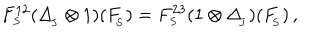
F _ { _ { S } } ^ { 1 2 } ( \Delta _ { _ { \! J } } ^ { } \otimes 1 ) ( F _ { _ { \! S } } ^ { } ) = F _ { _ { S } } ^ { 2 3 } ( 1 \otimes \Delta _ { _ { \! J } } ^ { } ) ( F _ { _ { \! S } } ^ { } ) \, ,